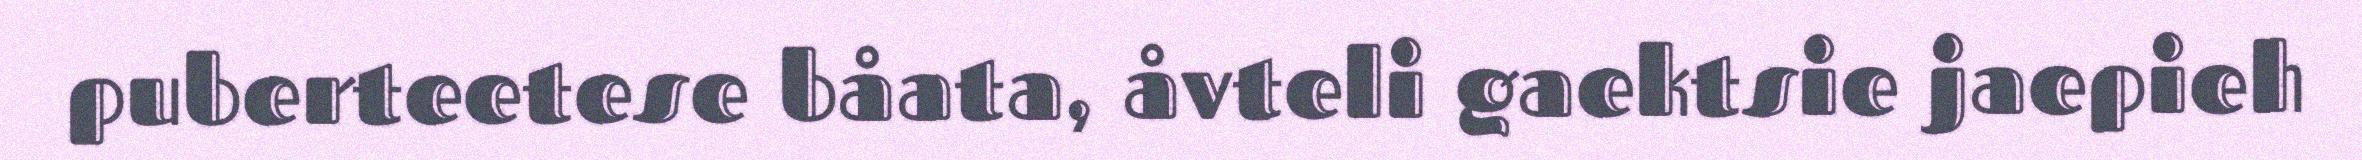
puberteetese båata, åvteli gaektsie jaepieh